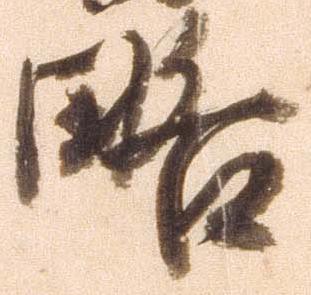
略